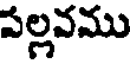
పల్లవము